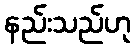
နည်းသည်ဟု